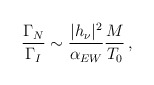
\begin{align*}\frac{\Gamma_N}{\Gamma_I} \sim \frac{ |h_{\nu}|^2}{\alpha_{EW}} \frac{M}{T_0} \, ,\end{align*}